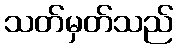
သတ်မှတ်သည်